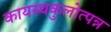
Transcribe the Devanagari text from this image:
कायस्थकुलोत्पन्न